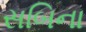
સબિના